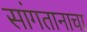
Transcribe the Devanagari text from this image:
सांगतानाचा